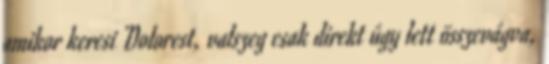
amikor keresi Dolorest, valszeg csak direkt úgy lett összevágva,